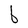
Character: b